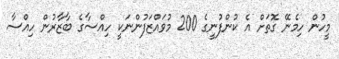
މީހުން ހިމެނޭ ގޮތަށް އެ ކުންފުނީގެ 200 މުވައްޒަފުންނަކީ ހިއްސާގެ ބާޒާރުން ހިއްސާ